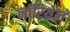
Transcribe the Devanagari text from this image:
नॉरियेल